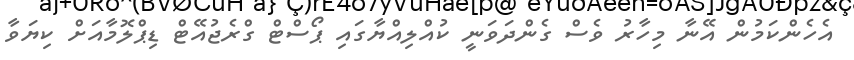
އެހެންކަމުން އޭނާ މިހާރު ވެސް ގެންދަވަނީ ކުއްލިއްޔާގައި ޕޯސްޓް ގްރެޖުއޭޓް ޑިޕްލޮމާއަށް ކިޔަވާ